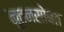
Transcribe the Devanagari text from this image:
नूतनसोबत